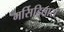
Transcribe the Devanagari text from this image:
मर्सिडितास